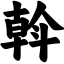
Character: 斡